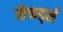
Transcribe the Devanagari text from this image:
सैफर्ड्स